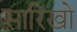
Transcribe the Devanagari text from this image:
सारिखो